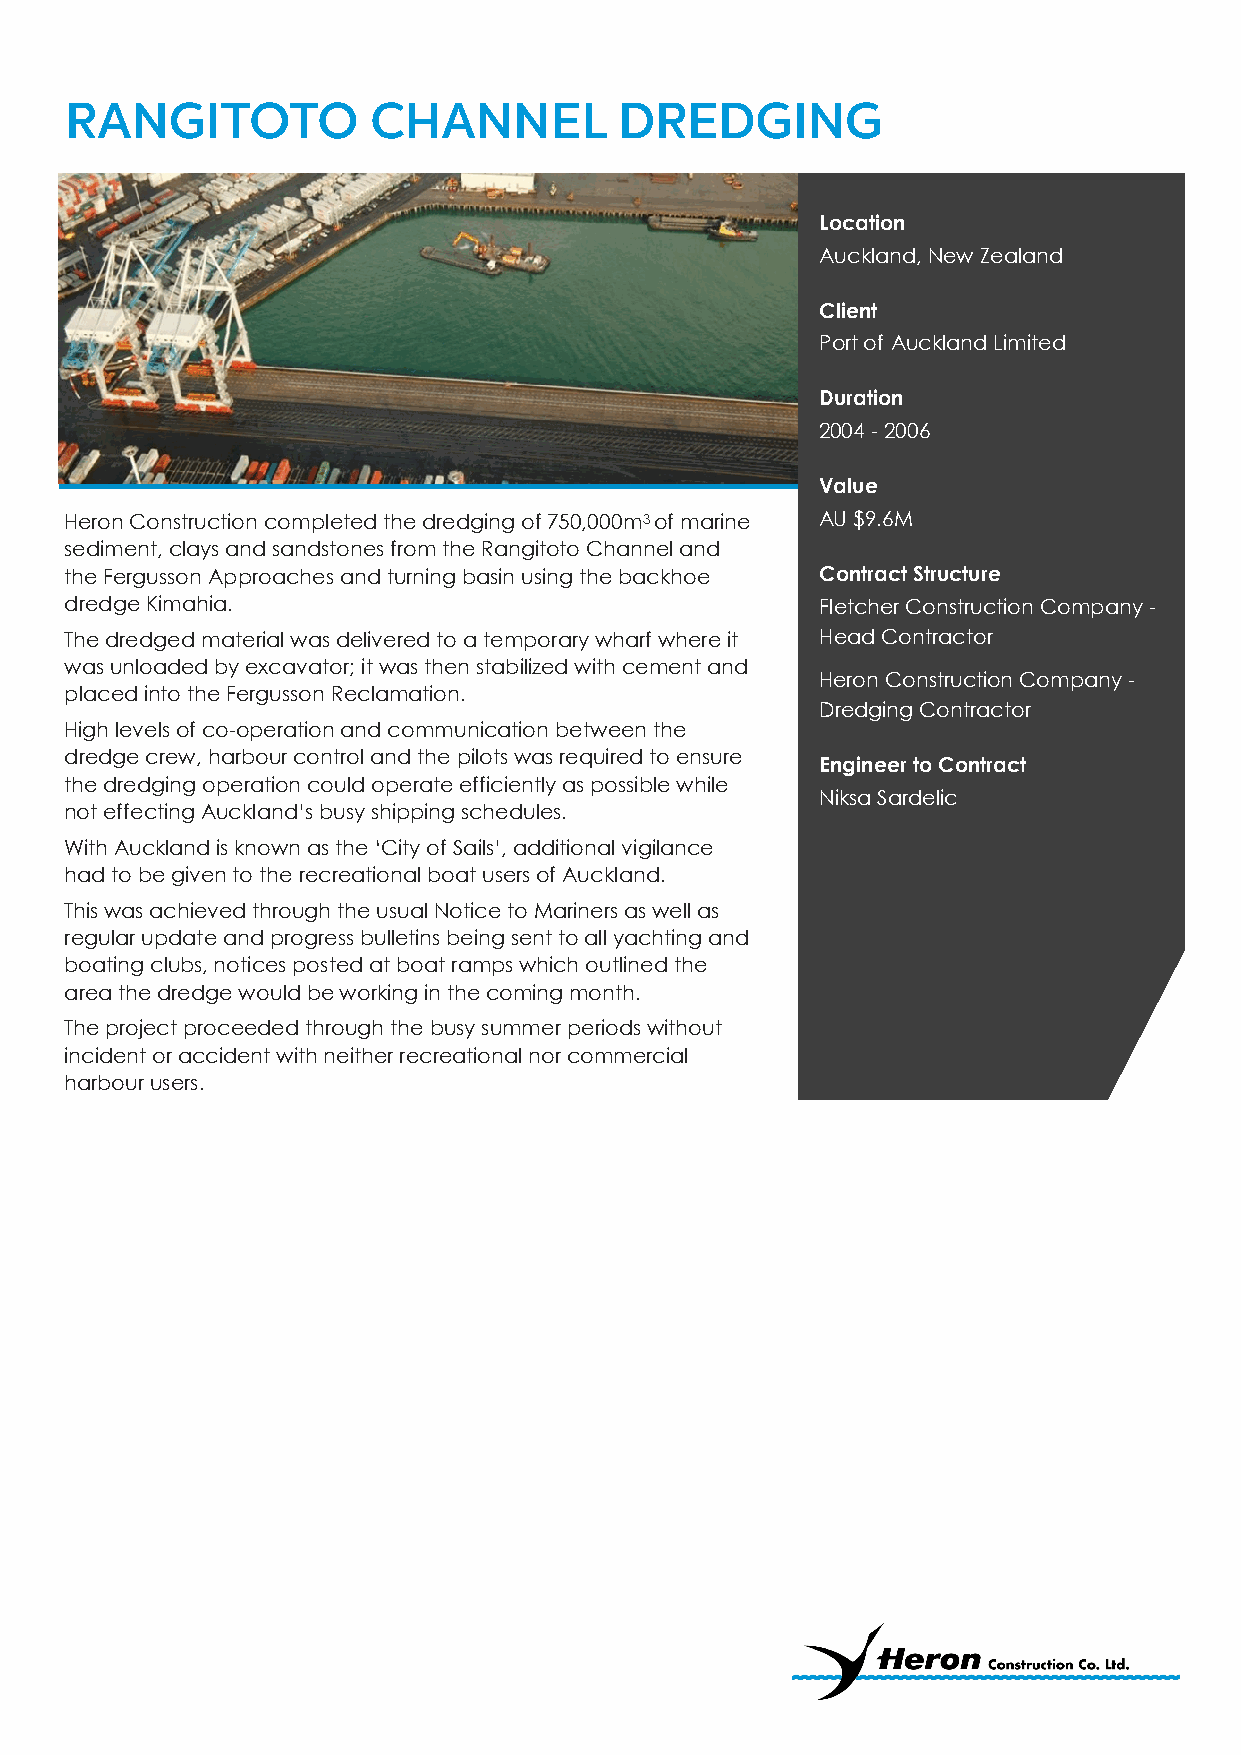
Location
 Auckland, New Zealand
 Client
 Port of Auckland Limited
 Duration
 2004 - 2006
 Value
 Heron Construction completed the dredging of 750,000m3 of marine AU $9.6M
 sediment, clays and sandstones from the Rangitoto Channel and
 the Fergusson Approaches and turning basin using the backhoe Contract Structure
 dredge Kimahia.                                   Fletcher Construction Company -
 The dredged material was delivered to a temporary wharf where it Head Contractor
 was unloaded by excavator; it was then stabilized with cement and
 Heron Construction Company -
 placed into the Fergusson Reclamation.
 Dredging Contractor
 High levels of co-operation and communication between the
 dredge crew, harbour control and the pilots was required to ensure
 Engineer to Contract
 the dredging operation could operate efficiently as possible while
 Niksa Sardelic
 not effecting Auckland’s busy shipping schedules.
 With Auckland is known as the ‘City of Sails’, additional vigilance
 had to be given to the recreational boat users of Auckland.
 This was achieved through the usual Notice to Mariners as well as
 regular update and progress bulletins being sent to all yachting and
 boating clubs, notices posted at boat ramps which outlined the
 area the dredge would be working in the coming month.
 The project proceeded through the busy summer periods without
 incident or accident with neither recreational nor commercial
 harbour users.